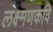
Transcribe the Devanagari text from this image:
लक्ष्मणकवि